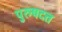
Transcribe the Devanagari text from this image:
पुरुषदत्त